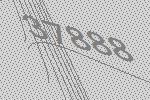
37888